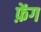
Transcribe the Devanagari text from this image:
फ़ेंग